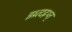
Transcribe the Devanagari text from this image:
झ्ध्र्त्दढ़थ्त्